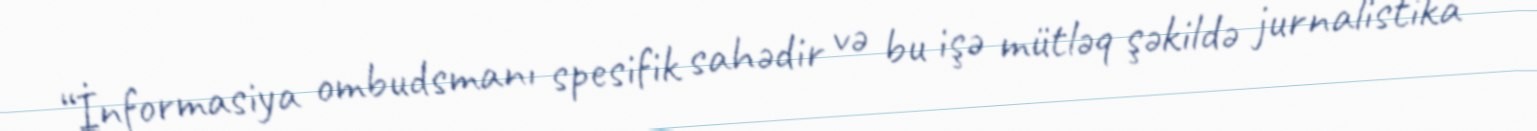
“İnformasiya ombudsmanı spesifik sahədir və bu işə mütləq şəkildə jurnalistika